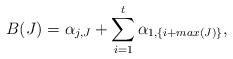
LaTeX: \begin{align*} B(J) = \alpha_{j,J} + {\sum_{i=1}^{t} \alpha_{1,\{i+max(J)\}}},\end{align*}